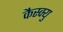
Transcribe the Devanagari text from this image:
कैस्क्यु